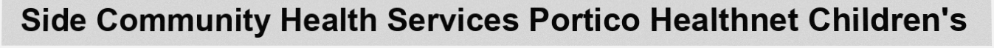
Side Community Health Services Portico Healthnet Children's